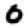
Digit: 0